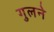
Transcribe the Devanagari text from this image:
गुलने